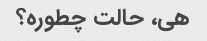
هی، حالت چطوره؟